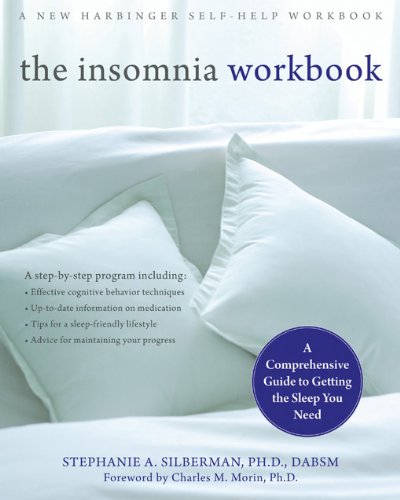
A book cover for The Insomnia Workbook: A Comprehensive Guide to Getting the Sleep You Need; Stephanie Silberman; Health, Fitness & Dieting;